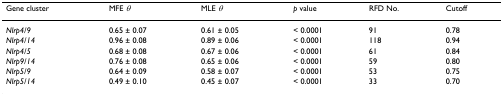
| Gene cluster | MFE θ | MLE θ | p value | RFD No. | Cutoff |
 | --- | --- | --- | --- | --- | --- |
 | Nlrp4/9 | 0.65 ± 0.07 | 0.61 ± 0.05 | < 0.0001 | 91 | 0.78 |
 | Nlrp4/14 | 0.96 ± 0.08 | 0.89 ± 0.06 | < 0.0001 | 118 | 0.94 |
 | Nlrp4/5 | 0.68 ± 0.08 | 0.67 ± 0.06 | < 0.0001 | 61 | 0.84 |
 | Nlrp9/14 | 0.76 ± 0.08 | 0.65 ± 0.06 | < 0.0001 | 59 | 0.80 |
 | Nlrp5/9 | 0.64 ± 0.09 | 0.58 ± 0.07 | < 0.0001 | 53 | 0.75 |
 | Nlrp5/14 | 0.49 ± 0.10 | 0.45 ± 0.07 | < 0.0001 | 33 | 0.70 |